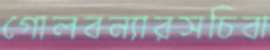
গোলবন্যারসচিবা